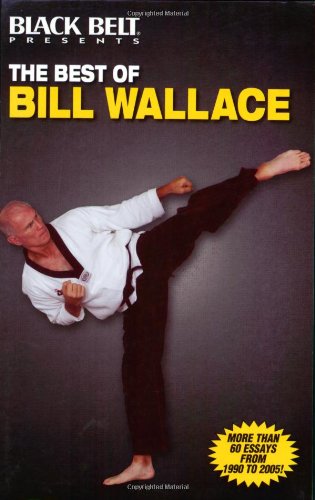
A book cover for The Best of Bill Wallace; Bill Wallace; Sports & Outdoors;